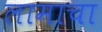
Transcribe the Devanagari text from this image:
लामाचा